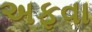
અફવા